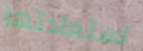
استعادتها